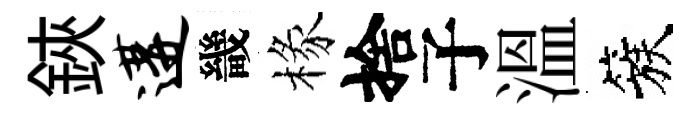
鋏遘畿椽捨子溫簇